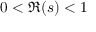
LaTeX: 0 < \Re ( s ) < 1